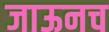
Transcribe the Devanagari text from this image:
जाऊनच